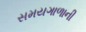
સમયગાળાની